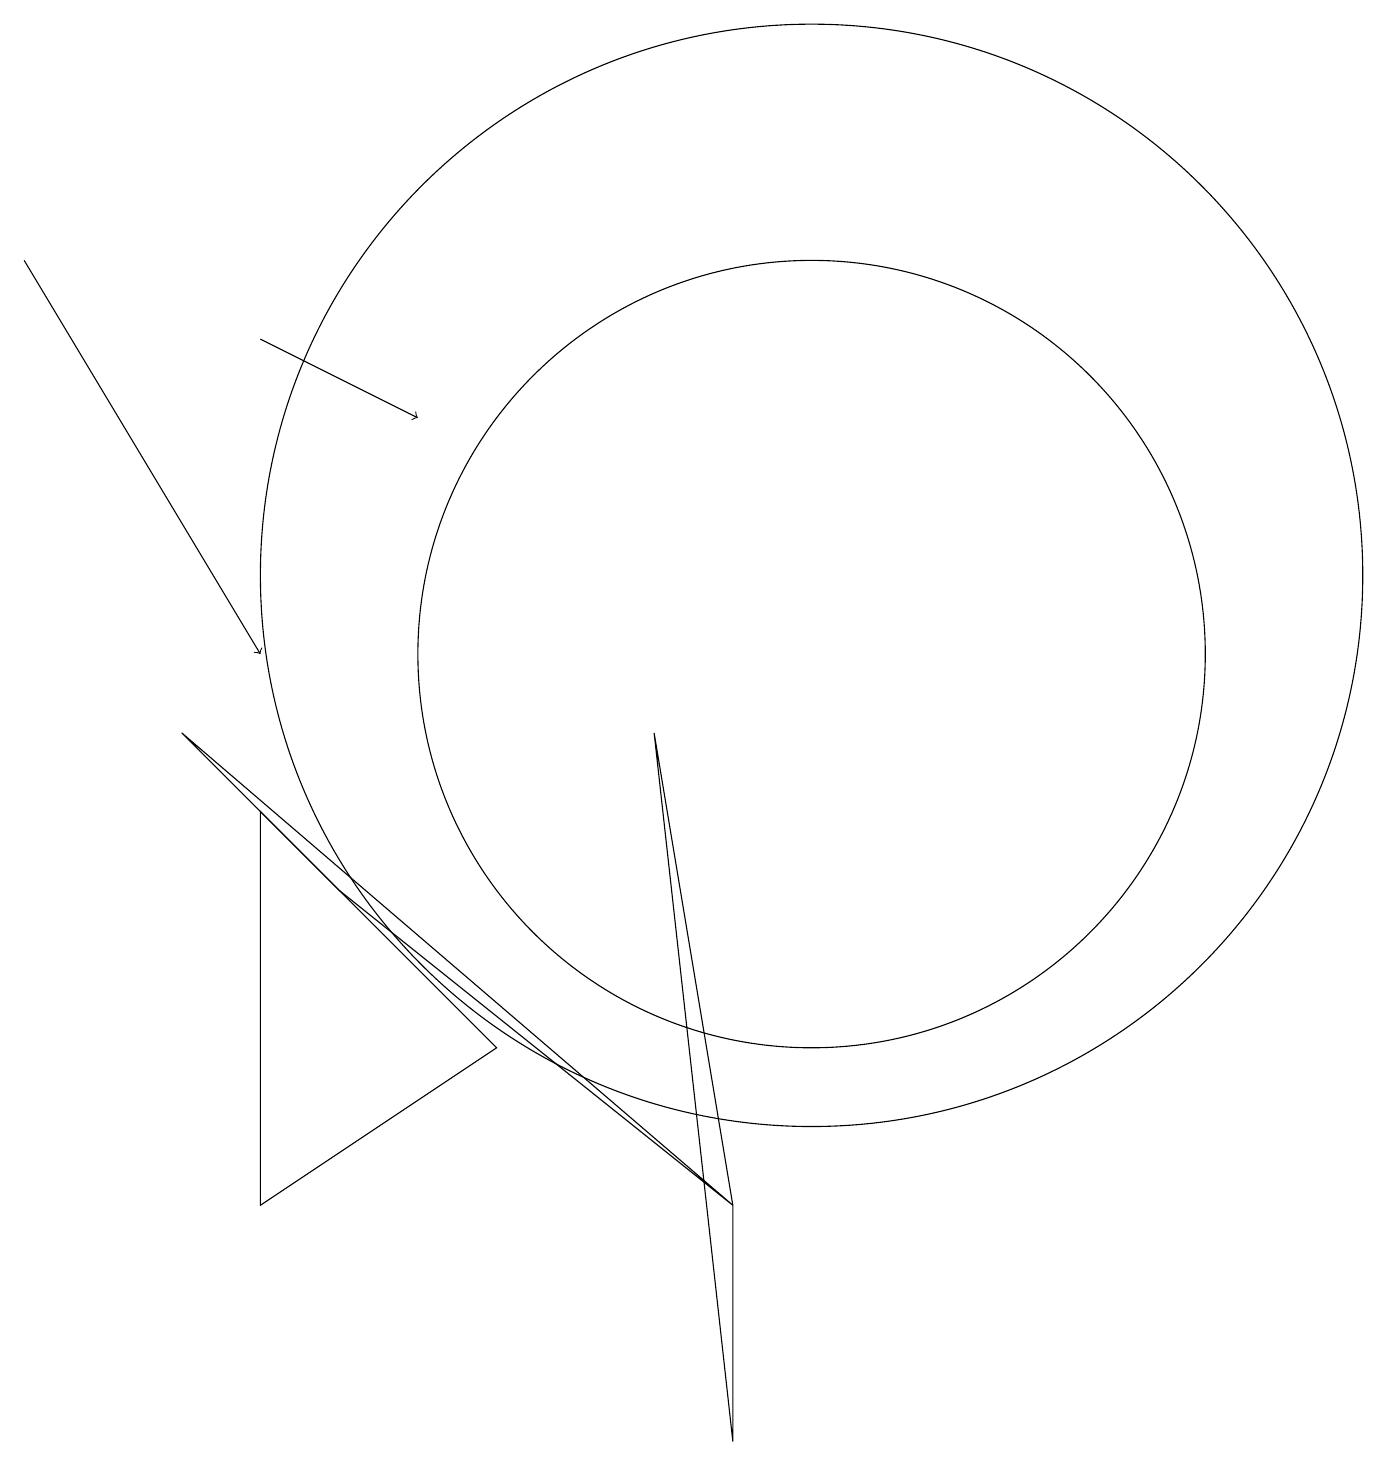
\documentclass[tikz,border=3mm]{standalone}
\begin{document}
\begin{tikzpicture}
\draw[->] (3,14) -- (5,13);
\draw (10,10) circle (5);
\draw (9,0) -- (8,9) -- (9,3) -- cycle;
\draw[->] (0,15) -- (3,10);
\draw (3,3) -- (6,5) -- (3,8) -- cycle;
\draw (4,7) -- (9,3) -- (2,9) -- cycle;
\draw (10,11) circle (7);
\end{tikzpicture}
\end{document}